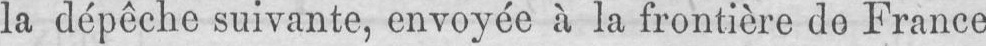
la dépêche suivante, envoyée à la frontière do France